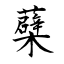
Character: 蘗